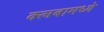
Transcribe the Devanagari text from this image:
क्लबामध्ये